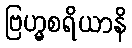
ဗြဟ္မစရိယာနိ